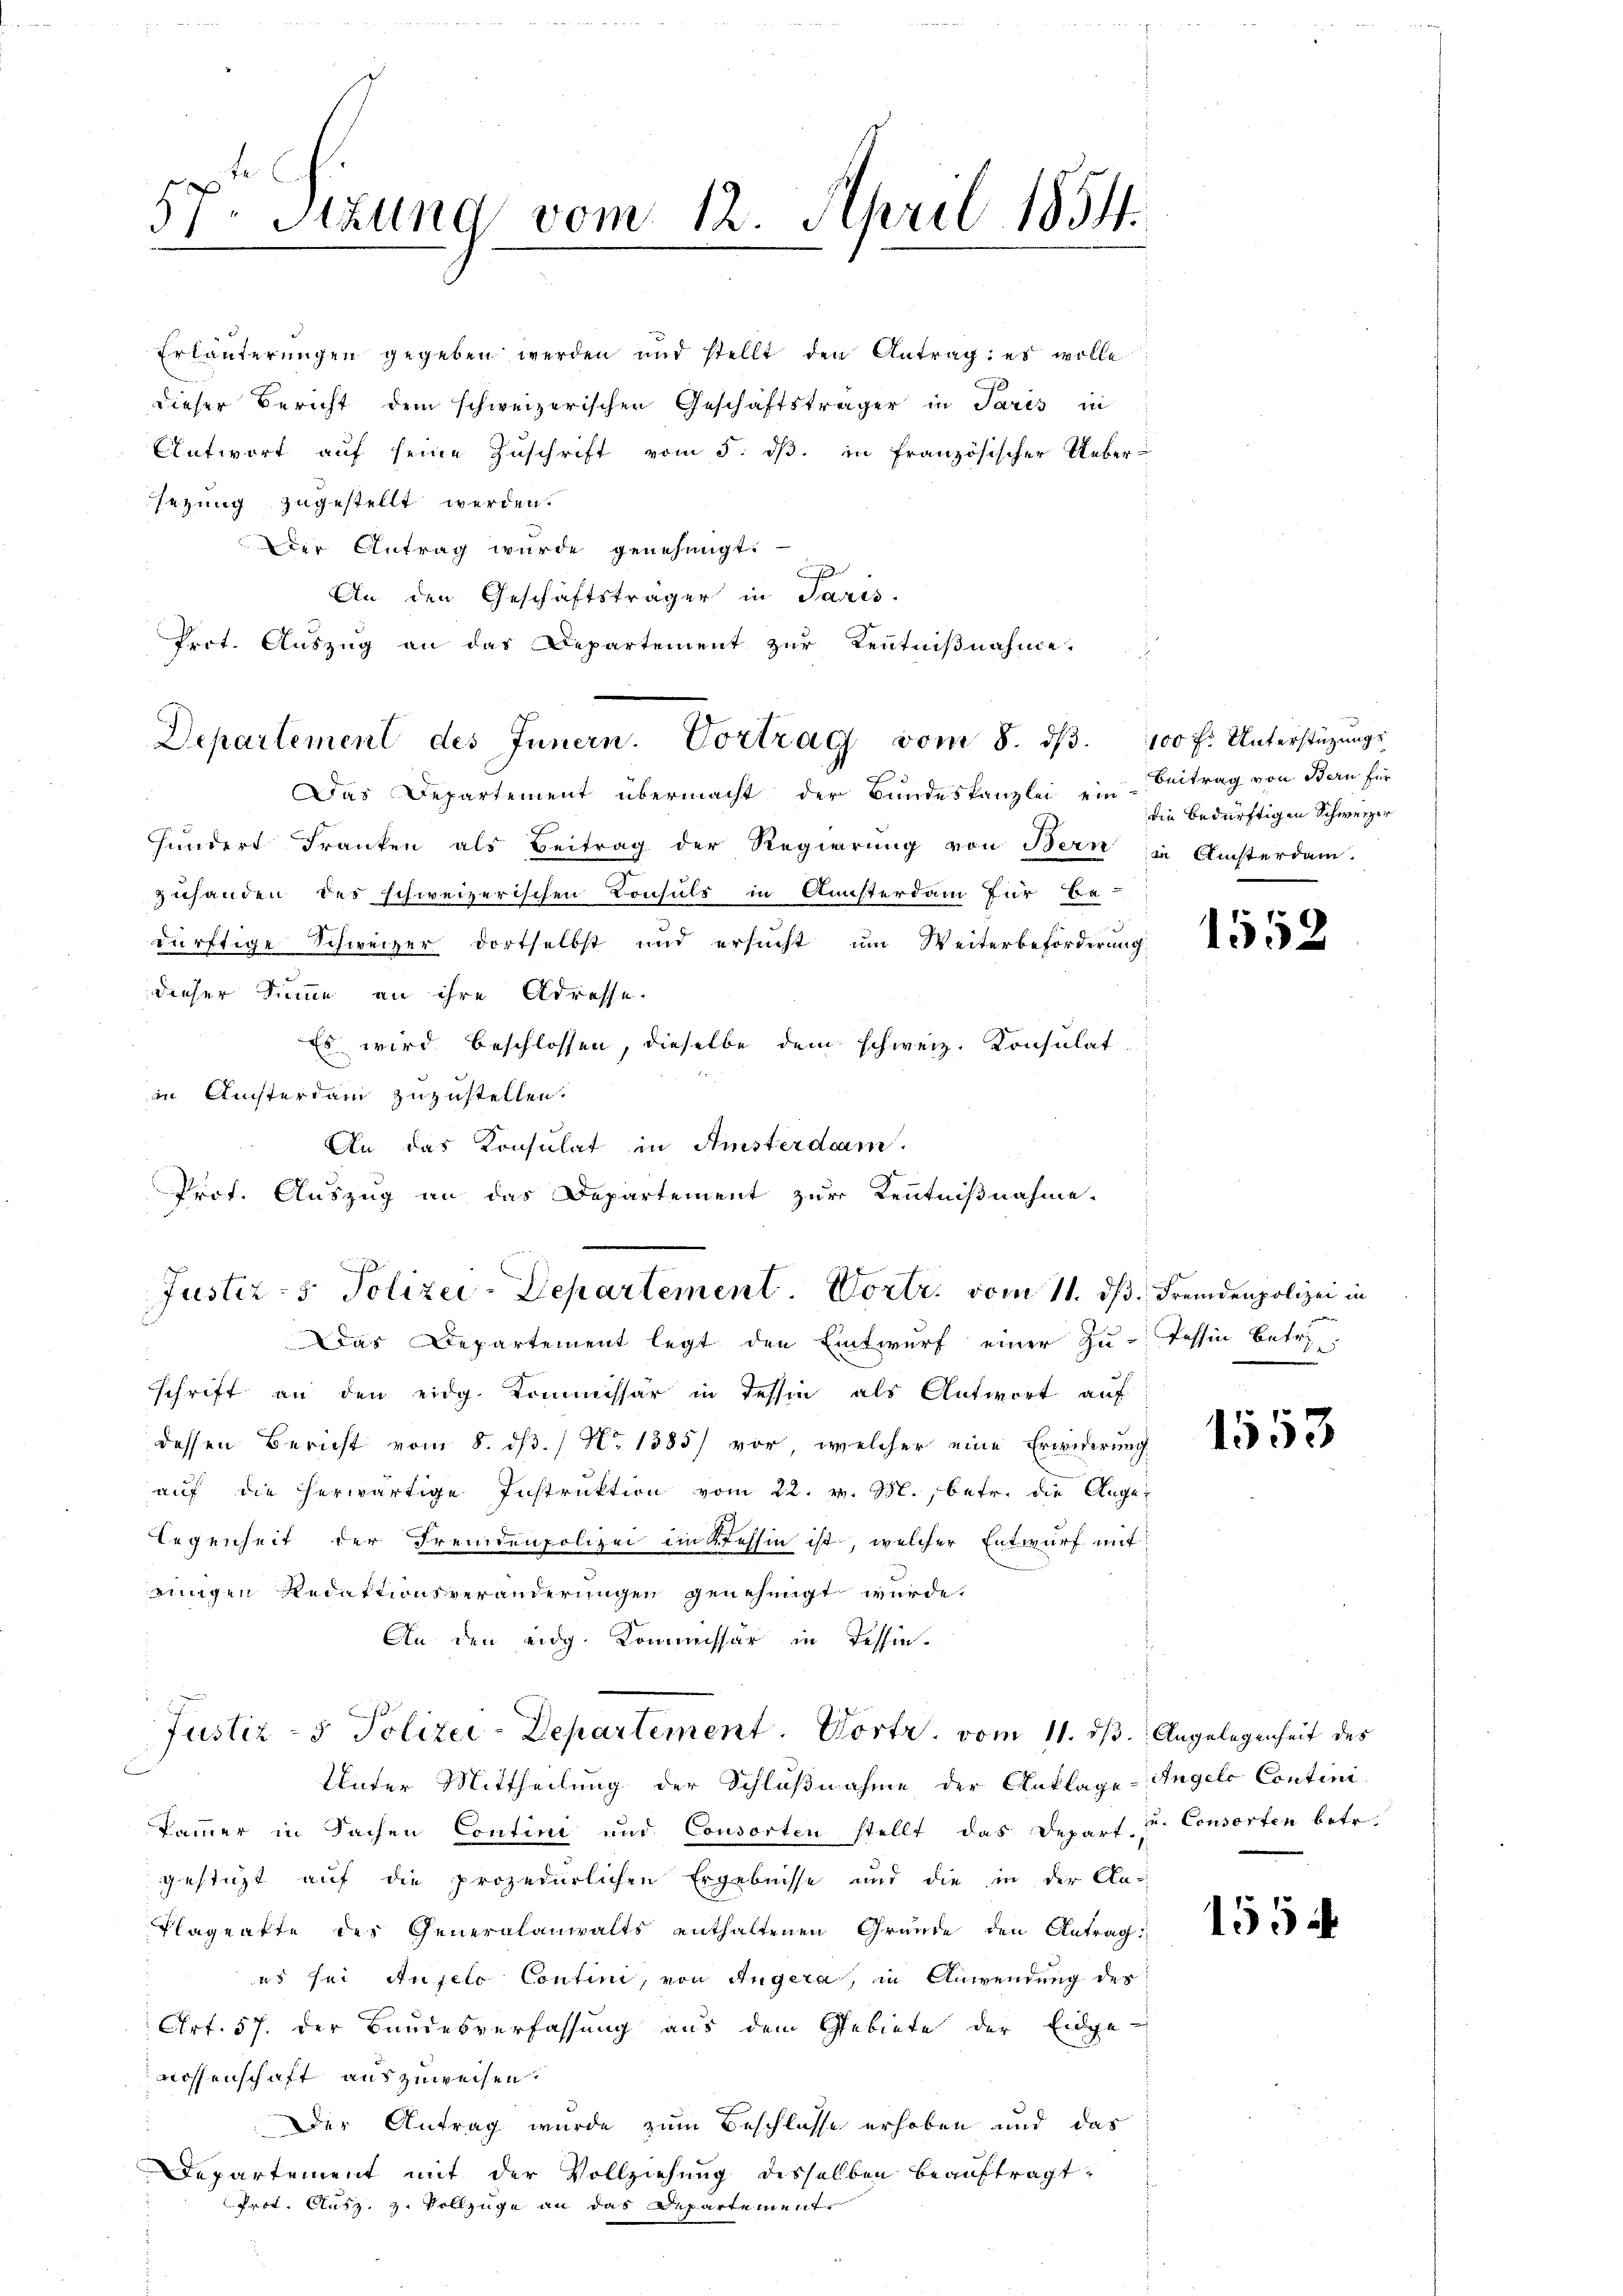
An den Geschäftsträger in Paris.
Das Departement übermacht der Bŭndeskanzlei ein Beitrag von Bern für
hundert Franken als Beitrag der Regierung von Bern in Ansterdam-
zuhanden des schweizerischen Consuls in Ansterdam für Be-
dürftige Schweizer dortselbst und ersucht um Weiterbeförderung
dieser Summe an ihre Adresse.
Es wird beschlossen, dieselbe dem schweiz. Konsulat
in Ansterdam zuzustellen.
An das Konsulat in Amsterdam.
Prot. Auszug an das Departement zur Kenntnißnahme.
Justiz- & Polizei-Departement Vortr. vom 11. ds. Fremdenpolizei in
Das Departement legt den Entwurf einer zu Tessin betri
schrift an den eidg. Kommissar in Tessin als Antwort auf
dessen Bericht vom 8. dß. / No 1385) vor, welcher eine Erwiderung
auf die herwärtige Instruktion vom 22. v. M., betr. die Ange-
legenheit der Fremdenpolizei im Tessin ist, welcher Entwurf mit
eingen Redaktionsveränderungen genehmigt wurde.
An den eidg. Kommissär in Tessin.

57 Sizung vom 12. April 1854.

Erläuterungen gegeben werden und stellt den Antrag: es wolle
dieser Bericht dem schweizerischen Geschäftsträger in Paris in
Antwort aŭf seine Zŭschrift vom 5. dβ. in französischer Ueber-
sezung zugestellt werden.
Der Antrag wurde genehmigt.
s

Prot. Aŭszŭg an das Departement zŭr Kentniβnahme.
Departement des Innern. Vortrag vom 8. dβ. 100 f. Unterstützŭngs-

Justiz- & Polizei-Departement. Vortr. vom 11. dβ.

die bedürftigen Schweizer

Unter Mittheilung der Schlußnahme der Anklage-Angels Contini-
Kammer in Sachen Contini und Consorten stellt das Depart u. Consorten betr.
gestüzt auf die prozedurlichen Ergebnisse und die in der Ca-
Plageakte der Generalanwalts enthaltenen Gründe den Antrag:
es sei Auselo Contini, von Angera, in Anwendung des
Art. 57. der Bandesverfassung aus dem Gebiete der Eidge-
niessenschaft auszuweisen.
Der Antrag wurde zum Beschlosse erhoben und das
Departement mit der Vollziehung desselben beauftragt,
Prot. Ausz. z. Vollzüge an das Departement
s

1552

da¬

1553

Angelegenheit des

155